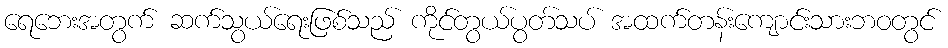
ရေဘေးအတွက် ဆက်သွယ်ရေးဖြစ်သည် ကိုင်တွယ်ပွတ်သပ် အထက်တန်းကျောင်းသားဘဝတွင်